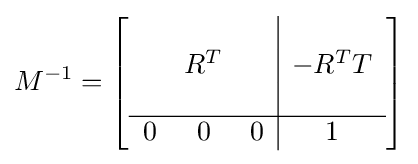
M^{-1}=\left[{\begin{array}{ccc|c}&&&\\&R^{T}&&-R^{T}T\\&&&\\\hline 0&0&0&1\end{array}}\right]